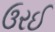
ઉરઈ